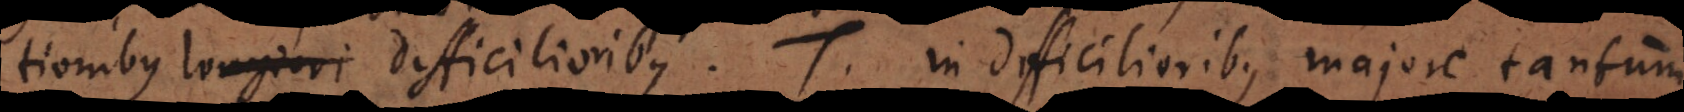
tionibus longiori difficilioribus. T. In difficilioribus majore tantum